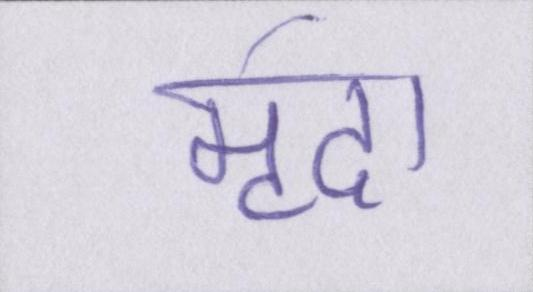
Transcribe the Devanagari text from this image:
मृदा